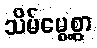
သိမ်မွေ့စွာ